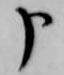
申